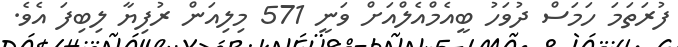
ފުރަތަމަ ހަމަސް ދުވަހު ބީއެމްއެލްއަށް ވަނީ 571 މިލިއަން ރުފިޔާ ލިބިފަ އެވެ.